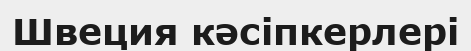
Швеция кәсіпкерлері